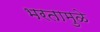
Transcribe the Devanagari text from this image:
भरतामुळे